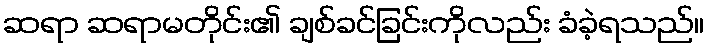
ဆရာ ဆရာမတိုင်း၏ ချစ်ခင်ခြင်းကိုလည်း ခံခဲ့ရသည်။